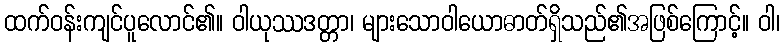
ထက်ဝန်းကျင်ပူလောင်၏။ ဝါယုဿဒတ္တာ၊ များသောဝါယောဓာတ်ရှိသည်၏အဖြစ်ကြောင့်။ ဝါ၊